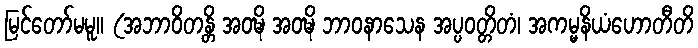
မြင်တော်မမူ။ (အဘာဝိတန္တိ အဝဍ္ဎိ အဝဍ္ဎိ ဘာဝနာသေန အပ္ပဝတ္တိတံ၊ အကမ္မနိယံဟောတီတိ